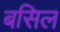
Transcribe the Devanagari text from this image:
बसिल